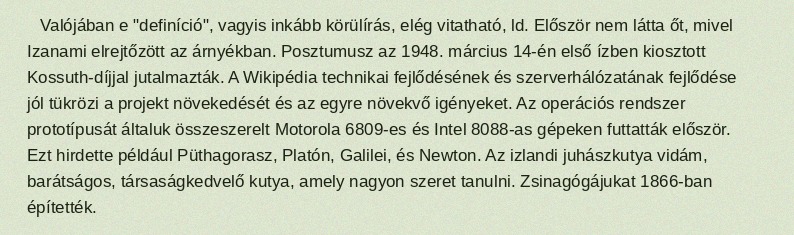
Valójában e "definíció", vagyis inkább körülírás, elég vitatható, ld. Először nem látta őt, mivel Izanami elrejtőzött az árnyékban. Posztumusz az 1948. március 14-én első ízben kiosztott Kossuth-díjjal jutalmazták. A Wikipédia technikai fejlődésének és szerverhálózatának fejlődése jól tükrözi a projekt növekedését és az egyre növekvő igényeket. Az operációs rendszer prototípusát általuk összeszerelt Motorola 6809-es és Intel 8088-as gépeken futtatták először. Ezt hirdette például Püthagorasz, Platón, Galilei, és Newton. Az izlandi juhászkutya vidám, barátságos, társaságkedvelő kutya, amely nagyon szeret tanulni. Zsinagógájukat 1866-ban építették.